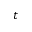
t